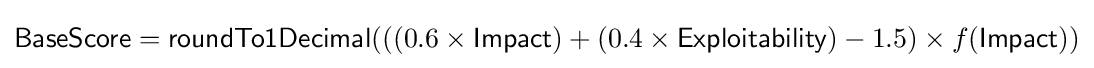
{\textsf {BaseScore}}={\textsf {roundTo1Decimal}}(((0.6\times {\textsf {Impact}})+(0.4\times {\textsf {Exploitability}})-1.5)\times f({\textsf {Impact}}))